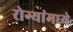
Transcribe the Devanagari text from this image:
रोग्यांमध्ये